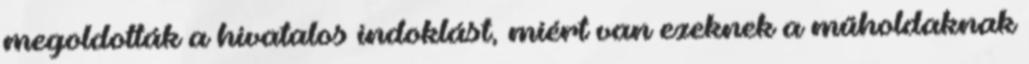
megoldották a hivatalos indoklást, miért van ezeknek a műholdaknak